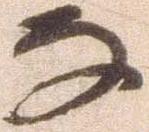
な